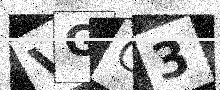
Text: VGG3